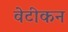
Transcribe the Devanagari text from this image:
वेटीकन